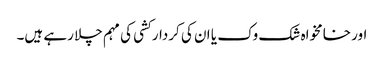
اور خامخواہ شک وک یا ان کی کردار کشی کی مہم چلا رہے ہیں۔